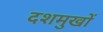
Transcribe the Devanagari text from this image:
दशमुखों